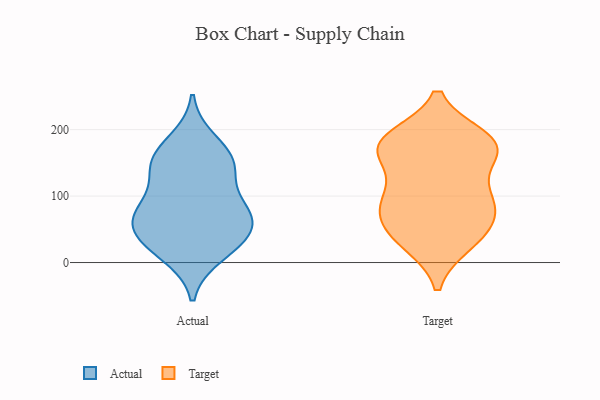
{"axis": {"x": "Active Users", "y": "Value"}, "legend": ["Actual", "Target"], "data": [{"x": "", "y": 12, "type": "Actual"}, {"x": "", "y": 82, "type": "Actual"}, {"x": "", "y": 183, "type": "Actual"}, {"x": "", "y": 38, "type": "Actual"}, {"x": "", "y": 76, "type": "Actual"}, {"x": "", "y": 42, "type": "Actual"}, {"x": "", "y": 138, "type": "Actual"}, {"x": "", "y": 75, "type": "Actual"}, {"x": "", "y": 79, "type": "Actual"}, {"x": "", "y": 150, "type": "Actual"}, {"x": "", "y": 23, "type": "Actual"}, {"x": "", "y": 145, "type": "Actual"}, {"x": "", "y": 53, "type": "Actual"}, {"x": "", "y": 157, "type": "Actual"}, {"x": "", "y": 173, "type": "Target"}, {"x": "", "y": 172, "type": "Target"}, {"x": "", "y": 173, "type": "Target"}, {"x": "", "y": 186, "type": "Target"}, {"x": "", "y": 182, "type": "Target"}, {"x": "", "y": 96, "type": "Target"}, {"x": "", "y": 57, "type": "Target"}, {"x": "", "y": 81, "type": "Target"}, {"x": "", "y": 33, "type": "Target"}, {"x": "", "y": 79, "type": "Target"}, {"x": "", "y": 158, "type": "Target"}, {"x": "", "y": 180, "type": "Target"}, {"x": "", "y": 100, "type": "Target"}, {"x": "", "y": 30, "type": "Target"}, {"x": "", "y": 103, "type": "Target"}, {"x": "", "y": 42, "type": "Target"}]}